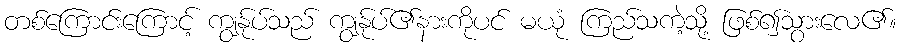
တစ်ကြောင်းကြောင့် ကျွန်ုပ်သည် ကျွန်ုပ်၏နားကိုပင် မယုံ ကြည်သကဲ့သို့ ဖြစ်၍သွားလေ၏။